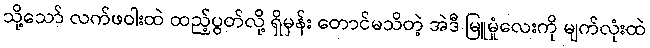
သို့သော် လက်ဖဝါးထဲ ထည့်ပွတ်လို့ ရှိမှန်း တောင်မသိတဲ့ အဲဒီ မြူမှုံလေးကို မျက်လုံးထဲ